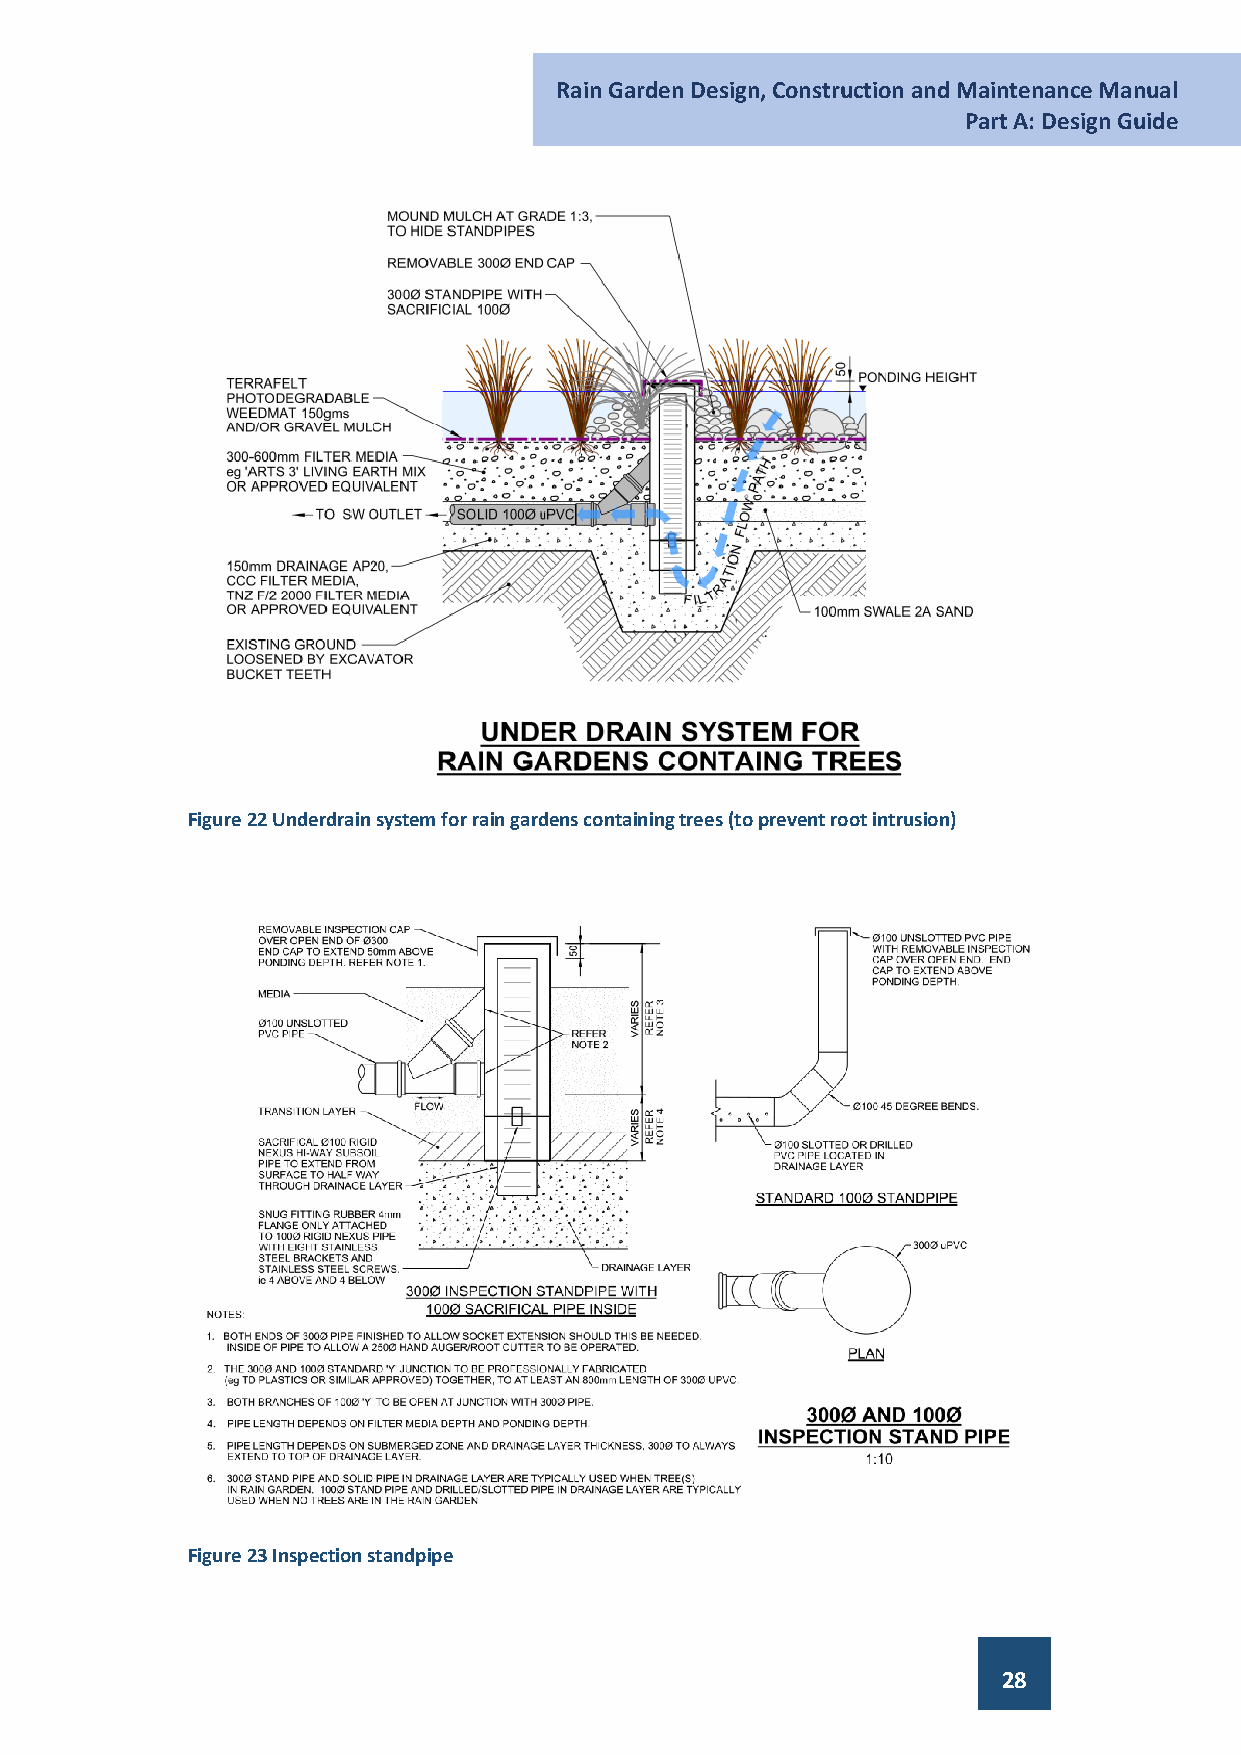
Rain Garden Design, Construction and Maintenance Manual
 Part A: Design Guide
 Figure 22 Underdrain system for rain gardens containing trees (to prevent root intrusion)
 Figure 23 Inspection standpipe
 28